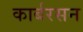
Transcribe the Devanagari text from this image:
कार्बरसन